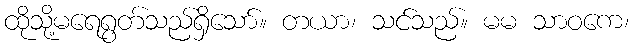
ထိုသို့မရေရွတ်သည်ရှိသော်။ တယာ၊ သင်သည်။ မမ သာဝကေ၊